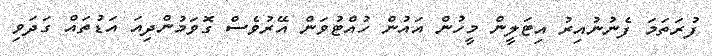
ފުރަތަމަ ފެނުނުއިރު އިޓަލީން މީހުން އައުން ހުއްޓުވަން އޭރުވެސް ގޮވަމުންދިއަ އަޑުތައް ގަދަވި